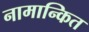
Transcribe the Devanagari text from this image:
नामान्कित